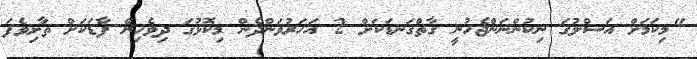
"މިކަމަށް އަސްލުގަ ނިކުންނަންޖެހުނީ ގާތްގަނޑަކަށް 2 އަހަރުވަންދެން މިކޮޅުގަ ދިވެހިން ފާޑަކަށް ތާށިވެފަ